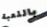
باللعبة